Subject: cs
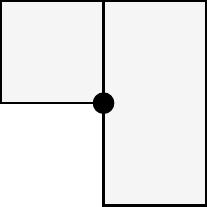
LaTeX code:
			\begin{tikzpicture}[scale = 1.3]
				\draw[thick,fill=gray!8] (-1,0) rectangle (1,1);
				\draw[thick,fill=gray!8] (0,-1) rectangle (1,1);
				\filldraw (0,0) circle (0.1);
			\end{tikzpicture}\hspace{0.8cm}